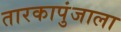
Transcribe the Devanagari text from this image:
तारकापुंजाला